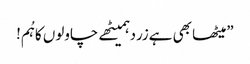
”میٹھا بھی ہےزردہمیٹھے چاولوں کاہُم!